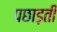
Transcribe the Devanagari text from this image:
पछाड़ती